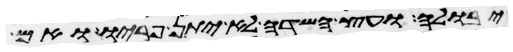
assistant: יבולה ועץ השדה לא יתן פריו ואם